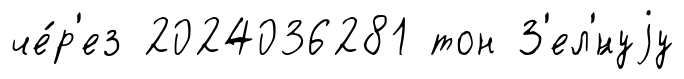
че́р'ез 2024036281 тон З'ел'́нуjу